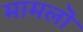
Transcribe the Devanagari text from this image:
मामलॊं